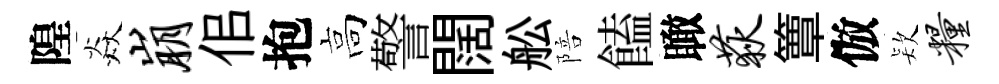
隍焱崩佀抱高警闊舩陪饁瞰荻簟倣𣣇粮